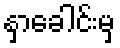
နှာခေါင်းမှ